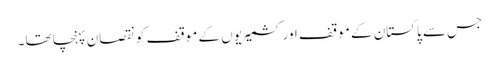
جس سے پاکستان کے موقف اور کشمیریوں کے موقف کو نقصان پہنچا تھا۔